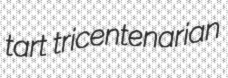
tart tricentenarian